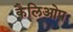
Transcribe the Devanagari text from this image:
कैलिओप